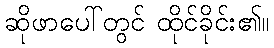
ဆိုဖာပေါ်တွင် ထိုင်ခိုင်း၏။